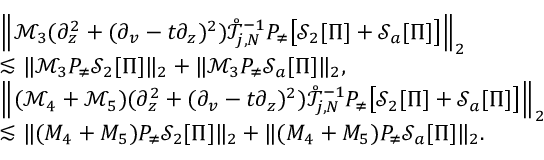
\begin{array} { r l } & { \left\| \mathcal { M } _ { 3 } ( \partial _ { z } ^ { 2 } + ( \partial _ { v } - t \partial _ { z } ) ^ { 2 } ) \mathring { \mathcal { T } } _ { j , N } ^ { - 1 } P _ { \neq } \big [ \mathcal { S } _ { 2 } [ \Pi ] + \mathcal { S } _ { a } [ \Pi ] \big ] \right\| _ { 2 } } \\ & { \lesssim \| \mathcal { M } _ { 3 } P _ { \neq } \mathcal { S } _ { 2 } [ \Pi ] \| _ { 2 } + \| \mathcal { M } _ { 3 } P _ { \neq } \mathcal { S } _ { a } [ \Pi ] \| _ { 2 } , } \\ & { \left\| ( \mathcal { M } _ { 4 } + \mathcal { M } _ { 5 } ) ( \partial _ { z } ^ { 2 } + ( \partial _ { v } - t \partial _ { z } ) ^ { 2 } ) \mathring { \mathcal { T } } _ { j , N } ^ { - 1 } P _ { \neq } \big [ \mathcal { S } _ { 2 } [ \Pi ] + \mathcal { S } _ { a } [ \Pi ] \big ] \right\| _ { 2 } } \\ & { \lesssim \| ( M _ { 4 } + M _ { 5 } ) P _ { \neq } \mathcal { S } _ { 2 } [ \Pi ] \| _ { 2 } + \| ( M _ { 4 } + M _ { 5 } ) P _ { \neq } \mathcal { S } _ { a } [ \Pi ] \| _ { 2 } . } \end{array}